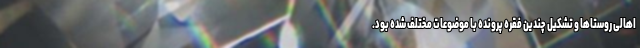
اهالی روستاها و تشکیل چندین فقره پرونده با موضوعات مختلف شده بود.